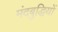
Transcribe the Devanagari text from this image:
मंदबुद्धियों